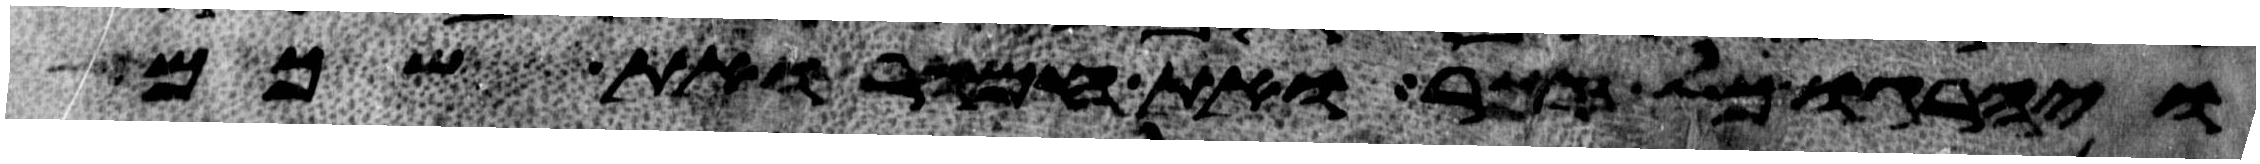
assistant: ויהרגו כל זכר ואת חמור ואת שכם